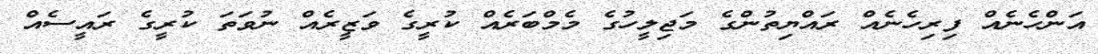
އަންހެނެއް ފިރިހެނެއް ރައްޔިތުންގެ މަޖިލީހުގެ މެމްބަރެއް ކުރީގެ ވަޒީރެއް ނުވަތަ ކުރީގެ ރައީސެއް